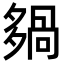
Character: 𡖿